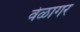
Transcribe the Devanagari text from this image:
वेळागर